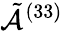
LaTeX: \tilde{\mathcal{A}}^{(33)}